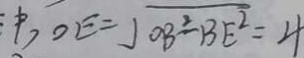
O E = \sqrt { O B ^ { 2 } - B E ^ { 2 } } = 4